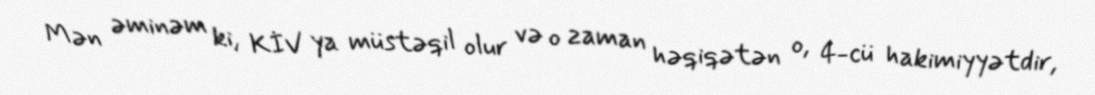
Mən əminəm ki, KİV ya müstəqil olur və o zaman həqiqətən o, 4-cü hakimiyyətdir,